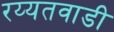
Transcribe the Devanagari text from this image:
रय्यतवाडी